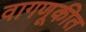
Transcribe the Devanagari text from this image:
वागणूकीत